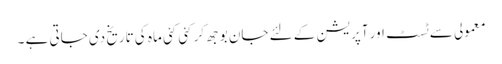
معمولی سے ٹسٹ اور آپریشن کے لئے جان بوجھ کر کئی کئی ماہ کی تاریخ دی جاتی ہے ۔